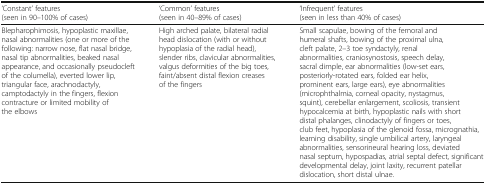
<table><thead><tr><td><b>‘Constant’ features (seen in 90–100% of cases)</b></td><td><b>‘Common’ features (seen in 40–89% of cases)</b></td><td><b>‘Infrequent’ features (seen in less than 40% of cases)</b></td></tr></thead><tbody><tr><td>Blepharophimosis, hypoplastic maxillae, nasal abnormalities (one or more of the following: narrow nose, flat nasal bridge, nasal tip abnormalities, beaked nasal appearance, and occasionally pseudocleft of the columella), everted lower lip, triangular face, arachnodactyly, camptodactyly in the fingers, flexion contracture or limited mobility of the elbows</td><td>High arched palate, bilateral radial head dislocation (with or without hypoplasia of the radial head), slender ribs, clavicular abnormalities, valgus deformities of the big toes, faint/absent distal flexion creases of the fingers</td><td>Small scapulae, bowing of the femoral and humeral shafts, bowing of the proximal ulna, cleft palate, 2–3 toe syndactyly, renal abnormalities, craniosynostosis, speech delay, sacral dimple, ear abnormalities (low-set ears, posteriorly-rotated ears, folded ear helix, prominent ears, large ears), eye abnormalities (microphthalmia, corneal opacity, nystagmus, squint), cerebellar enlargement, scoliosis, transient hypocalcemia at birth, hypoplastic nails with short distal phalanges, clinodactyly of fingers or toes, club feet, hypoplasia of the glenoid fossa, micrognathia, learning disability, single umbilical artery, laryngeal abnormalities, sensorineural hearing loss, deviated nasal septum, hypospadias, atrial septal defect, significant developmental delay, joint laxity, recurrent patellar dislocation, short distal ulnae.</td></tr></tbody></table>